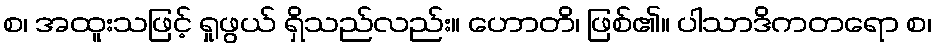
စ၊ အထူးသဖြင့် ရှုဖွယ် ရှိသည်လည်း။ ဟောတိ၊ ဖြစ်၏။ ပါသာဒိကတရော စ၊